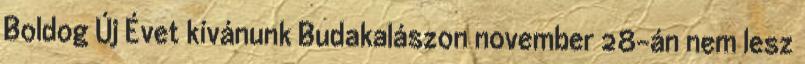
Boldog Új Évet kívánunk Budakalászon november 28-án nem lesz